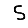
Digit: 5